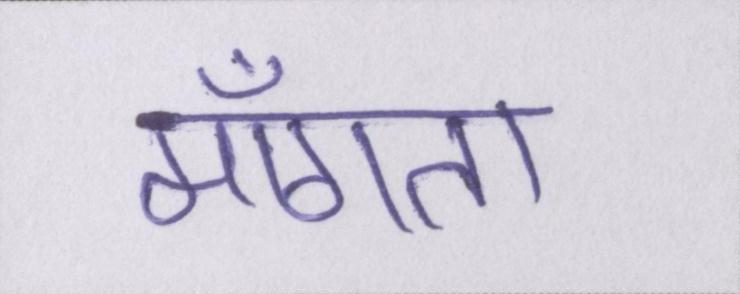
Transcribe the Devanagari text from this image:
माँगता